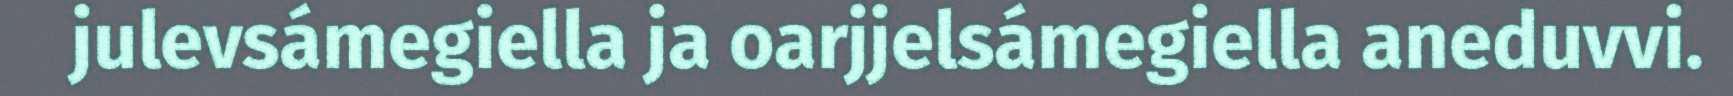
julevsámegiella ja oarjjelsámegiella aneduvvi.